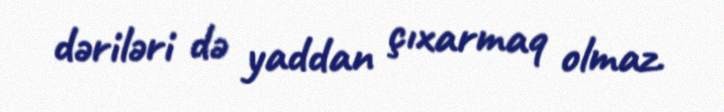
dəriləri də yaddan çıxarmaq olmaz.